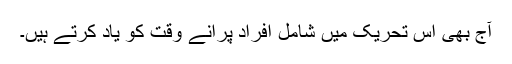
آج بھی اس تحریک میں شامل افراد پرانے وقت کو یاد کرتے ہیں۔